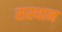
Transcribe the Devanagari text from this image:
सस्थान